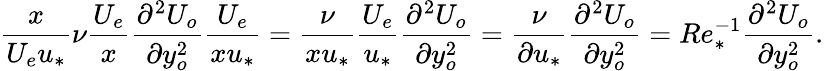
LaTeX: {\frac{x}{U_{e}u_{*}}}\nu{\frac{U_{e}}{x}}\frac{\partial^{2}U_{o}}{\partial y_{o}^{2}}\frac{U_{e}}{xu_{*}}=\frac{\nu}{xu_{*}}\frac{U_{e}}{u_{*}}\frac{\partial^{2}U_{o}}{\partial y_{o}^{2}}=\frac{\nu}{\partial u_{*}}\frac{\partial^{2}U_{o}}{\partial y_{o}^{2}}=Re_{*}^{-1}\frac{\partial^{2}U_{o}}{\partial y_{o}^{2}}.